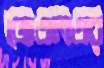
জেএলএর